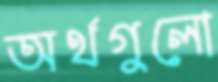
অর্থগুলো